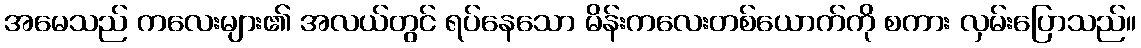
အမေသည် ကလေးများ၏ အလယ်တွင် ရပ်နေသော မိန်းကလေးတစ်ယောက်ကို စကား လှမ်းပြောသည်။